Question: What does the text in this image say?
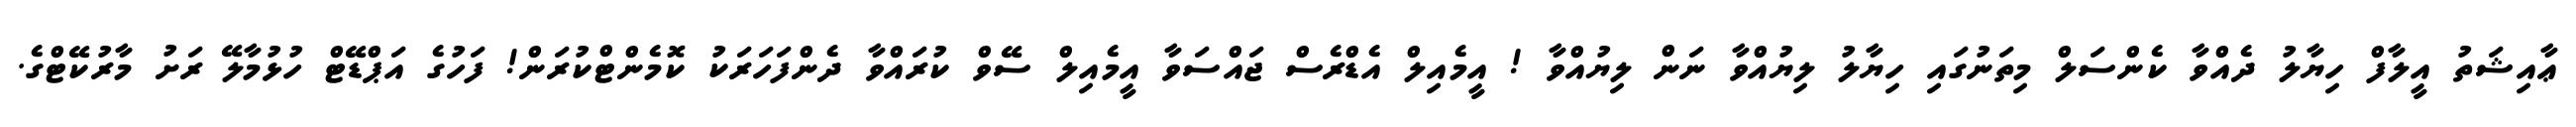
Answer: ޢާއިޝަތު އީލާފް ހިޔާލު ދެއްވާ ކެންސަލް މިތަނުގައި ހިޔާލު ލިޔުއްވާ ނަން ލިޔުއްވާ ! އީމެއިލް އެޑްރެސް ޖައްސަވާ އީމެއިލް ސޭވް ކުރައްވާ ދެންފަހަރަކު ކޮމެންޓްކުރަން! ފަހުގެ އަޕްޑޭޓް ހުޅުމާލޭ ރަށު މާރުކޭޓްގެ.